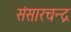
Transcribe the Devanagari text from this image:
संसारचन्द्र